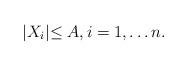
LaTeX: \begin{align*}\lvert X_i \lvert \le A,i=1,\ldots n. \end{align*}